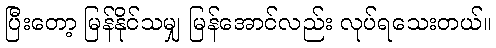
ပြီးတော့ မြန်နိုင်သမျှ မြန်အောင်လည်း လုပ်ရသေးတယ်။